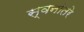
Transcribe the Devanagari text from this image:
स्वनांतरे